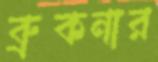
ব্রুকনার